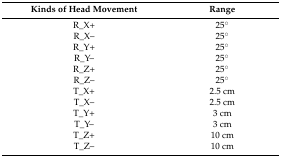
| Kinds of Head Movement | Range |
 | --- | --- |
 | R_X+ | 25° |
 | R_X– | 25° |
 | R_Y+ | 25° |
 | R_Y– | 25° |
 | R_Z+ | 25° |
 | R_Z– | 25° |
 | T_X+ | 2.5 cm |
 | T_X– | 2.5 cm |
 | T_Y+ | 3 cm |
 | T_Y– | 3 cm |
 | T_Z+ | 10 cm |
 | T_Z– | 10 cm |